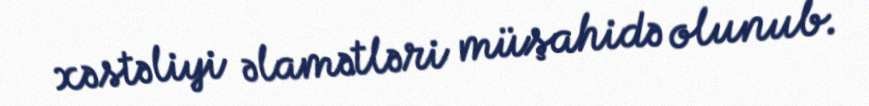
xəstəliyi əlamətləri müşahidə olunub.